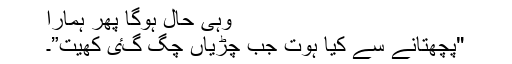
وہی حال ہوگا پھر ہمارا
"پچھتانے سے کیا ہوت جب چڑیاں چگ گٸ کھیت”۔